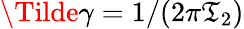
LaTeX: \Tilde{\gamma}=1/(2\pi\mathfrak{T}_{2})